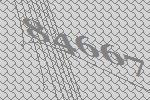
84667